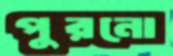
পুরনো